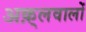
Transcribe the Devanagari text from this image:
अक़्लवालों